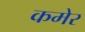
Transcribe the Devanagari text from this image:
कमेर